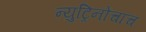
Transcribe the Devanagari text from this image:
न्युट्रिनोंचाच